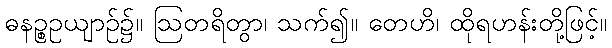
ဓနဉ္စဥယျာဉ်၌။ ဩတရိတွာ၊ သက်၍။ တေဟိ၊ ထိုရဟန်းတို့ဖြင့်။